Mental hospitals Bombay report 1929-33 - 1929-1933
Year: 1929
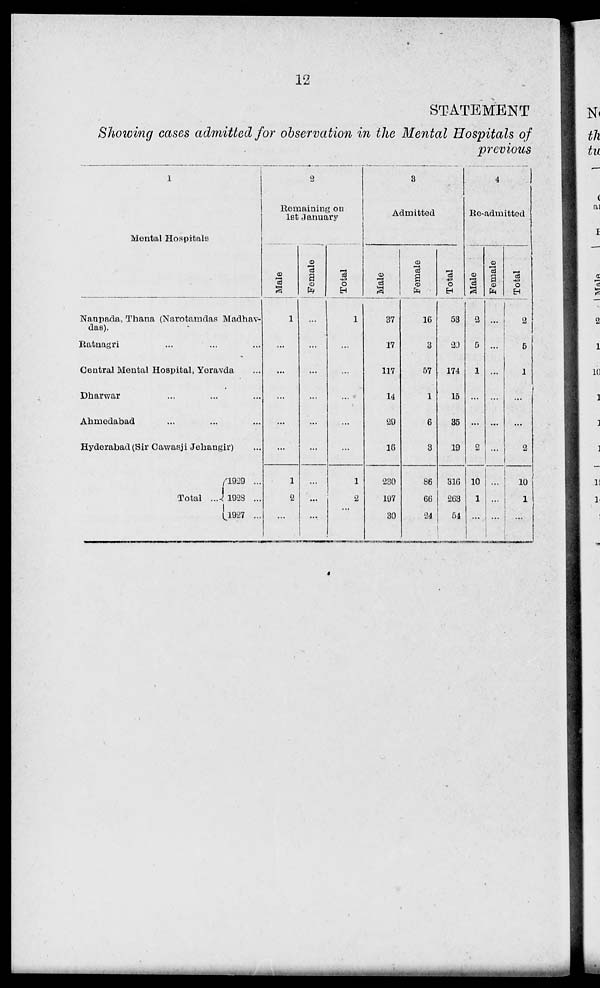
12
STATEMENT
Showing cases admitted for observation in the Mental Hospitals of
previous
1
Mental Hospitals
Naupada, Thana (Narotamdas Madhav-
das).
Ratnagri ... ... ...
Central Mental Hospital, Yeravda ...
Dharwar ... ... ...
Ahmedabad ... ... ...
Hyderabad (Sir Cawasji Jehangir) ...
Total ...
1929 ...
1928 ...
1927 ...
2
Remaining on
1st January
Male
1
...
...
...
...
...
1
2
...
Female
...
...
...
...
...
...
...
...
...
Total
1
...
...
...
...
...
1
2
...
3
Admitted
Male
37
17
117
14
29
16
230
197
30
Female
16
3
57
1
6
3
86
66
24
Total
53
20
174
15
35
19
316
263
54
4
Re-admitted
Male
2
5
1
...
...
2
10
1
...
Female
...
...
...
...
...
...
...
...
...
Total
2
5
1
...
...
2
10
1
...